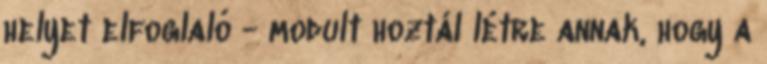
helyet elfoglaló - modult hoztál létre annak, hogy a